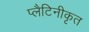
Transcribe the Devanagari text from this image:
प्लैटिनीकृत